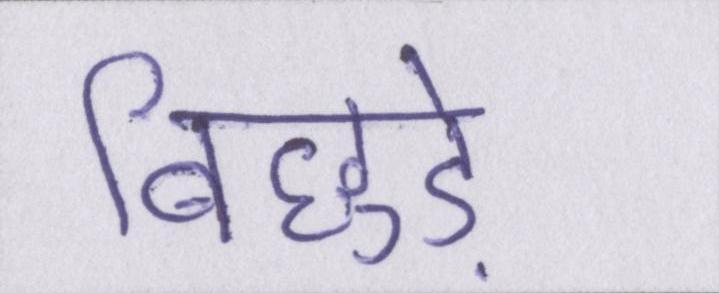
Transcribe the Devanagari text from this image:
बिछुड़े